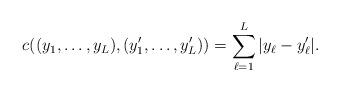
LaTeX: \begin{align*}c((y_1, \dotsc, y_L), (y_1', \dotsc, y_L') ) = \sum_{\ell=1}^L |y_\ell - y_\ell'|.\end{align*}